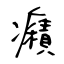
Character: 癪